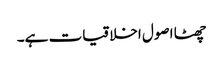
چھٹا اصول اخلاقیات ہے۔